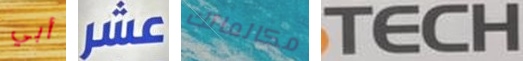
أبي عشر مكالماتك TECH